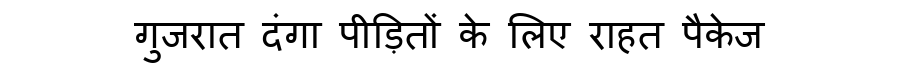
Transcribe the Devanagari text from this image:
गुजरात दंगा पीड़ितों के लिए राहत पैकेज